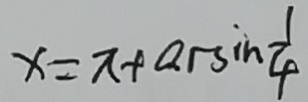
x = \pi + \arcsin \frac { 1 } { 4 }